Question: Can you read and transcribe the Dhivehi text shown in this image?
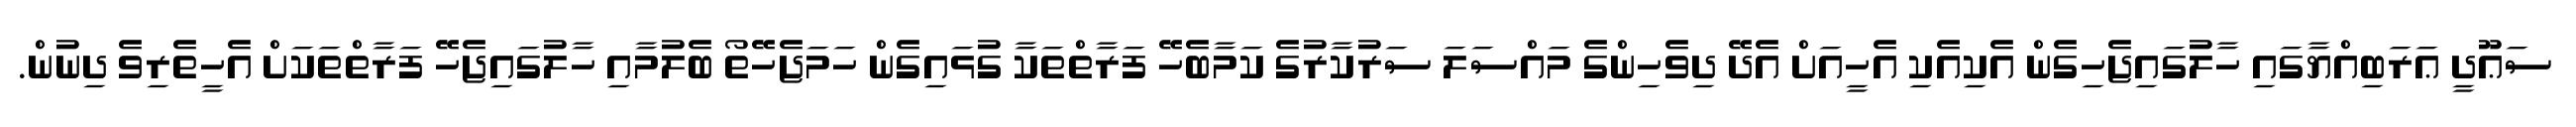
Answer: ސަޢޫދީ ޢަރަބިއްޔާގައި ހާލުގައިޖެހިގެން އެކިއެކި އެހީއަށް އެދޭ ދިވެހިންގެ މައްސަލަ ސަރުކާރުގެ ކަމާބެހޭ ފަރާތްތަކާ ގުޅައިގެން ހަމަޖެހޭތޯ ބެލުމާއި ހާލުގައިޖެހޭ ފަރާތްތަކަށް އެހީތެރިވެ ދިނުން.